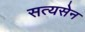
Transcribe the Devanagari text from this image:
सत्यसेन